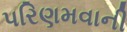
પરિણમવાની